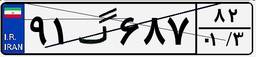
۹۱گ۶۸۷۸۲